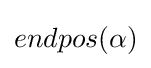
endpos(\alpha )